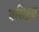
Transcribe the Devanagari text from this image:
वसिष्ठश्च